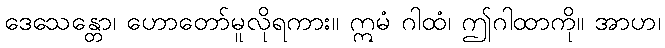
ဒေသေန္တော၊ ဟောတော်မူလိုရကား။ ဣမံ ဂါထံ၊ ဤဂါထာကို။ အာဟ၊